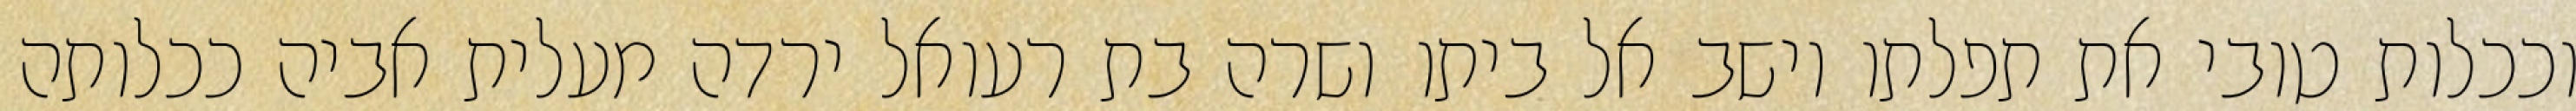
וככלות טובי את תפלתו וישב אל ביתו ושרה בת רעואל ירדה מעלית אביה ככלותה